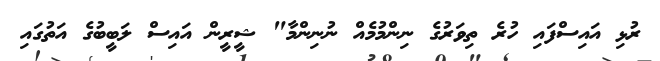
ރުޅި އައިސްފައި ހުރެ ތިވަރުގެ ނިންމުމެއް ނުނިންމާ" ޝީރީން އައިސް ލަބީބުގެ އަތުގައި